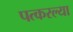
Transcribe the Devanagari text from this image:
पत्करल्या